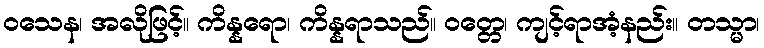
ဝသေန၊ အလိုဖြင့်။ ကိန္နရော၊ ကိန္နရာသည်။ ဝတ္တေ၊ ကျင့်ရာအံ့နည်း။ တသ္မာ၊